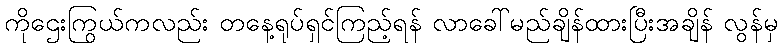
ကိုဌေးကြွယ်ကလည်း တနေ့ရုပ်ရှင်ကြည့်ရန် လာခေါ်မည်ချိန်ထားပြီးအချိန် လွန်မှ